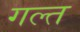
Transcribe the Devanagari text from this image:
गल्त